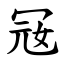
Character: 㓂